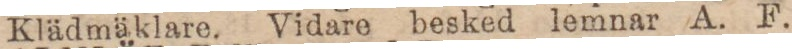
Klädmäklare. Vidare besked lemnar A. F.